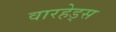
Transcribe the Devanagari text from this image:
वारहेड्स